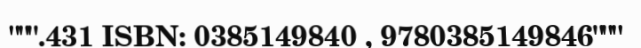
""".431 ISBN: 0385149840 , 9780385149846"""